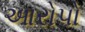
આરોપો